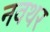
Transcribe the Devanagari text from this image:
नवथर